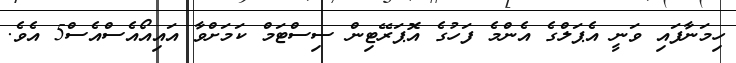
ހިމަނާފައި ވަނީ އެޕަލްގެ އެންމެ ފަހުގެ އޮޕަރޭޓިން ސިސްޓަމް ކަމަށްވާ އައިއޯއެސްއެސް5 އެވެ.